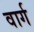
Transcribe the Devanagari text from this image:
वार्ग